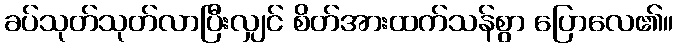
ခပ်သုတ်သုတ်လာပြီးလျှင် စိတ်အားထက်သန်စွာ ပြောလေ၏။